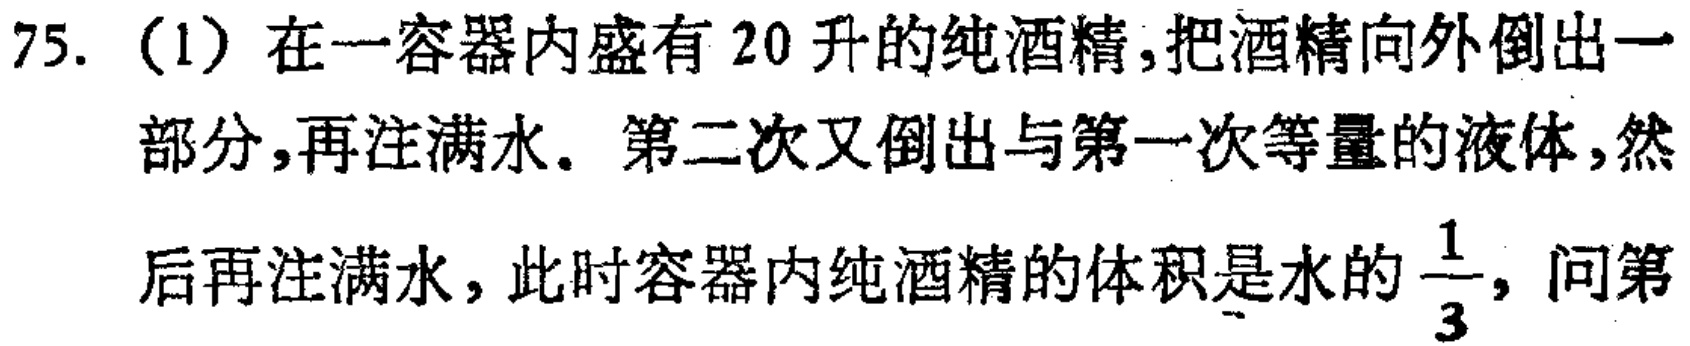
75.（1）在一容器内盛有 20 升的纯酒精,把酒精向外倒出一部分,再注满水。第二次又倒出与第一次等量的液体,然后再注满水, 此时容器内纯酒精的体积是水的$\frac{1}{3}$, 问第